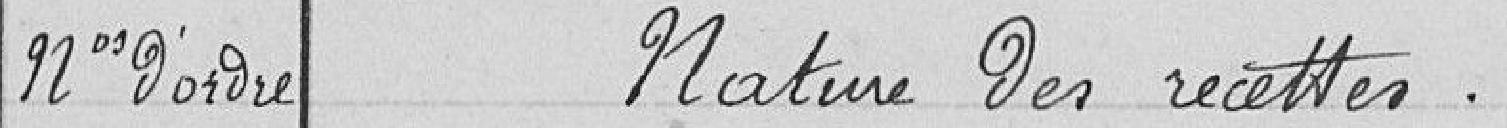
N° d'ordre : Matine des recettes